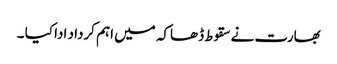
بھارت نے سقوط ڈھاکہ میں اہم کرداد ادا کیا ۔